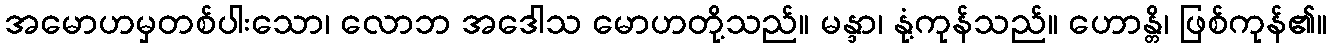
အမောဟမှတစ်ပါးသော၊ လောဘ အဒေါသ မောဟတို့သည်။ မန္ဒာ၊ နုံ့ကုန်သည်။ ဟောန္တိ၊ ဖြစ်ကုန်၏။